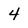
Character: 4